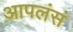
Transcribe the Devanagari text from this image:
आपलंसं